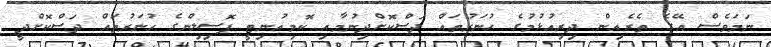
ނަމަވެސް އޭގެ ތެރެއިން ދިރިއުޅުމުގެ ހުނަރުތައް ދަސްކޮށްދިނުމާއި ކޮމިއުނިޓީ ޕޮސިލިންގެ ހުނަރުތައް ދަސްކޮށްދީ